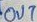
Text: OUUT